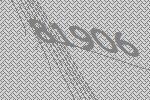
81906